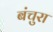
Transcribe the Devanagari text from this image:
बंचुरा